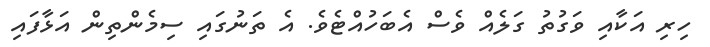
ހިރި އަކާއި ވަގުތު ގަލެއް ވެސް އެބަހުއްޓެވެ. އެ ތަނުގައި ސިމެންތިން އަޅާފައި